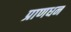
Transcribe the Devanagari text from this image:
प्राणधन